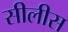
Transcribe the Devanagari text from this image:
सीलीस